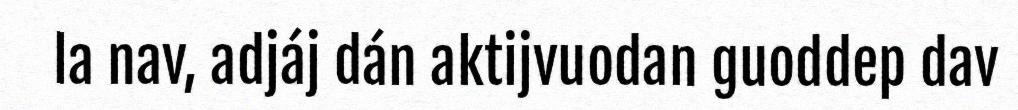
la nav, adjáj dán aktijvuodan guoddep dav